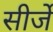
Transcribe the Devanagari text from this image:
सीर्जे